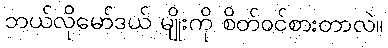
ဘယ်လိုမော်ဒယ် မျိုးကို စိတ်ဝင်စားတာလဲ။